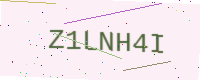
Text: Z1LNH4I